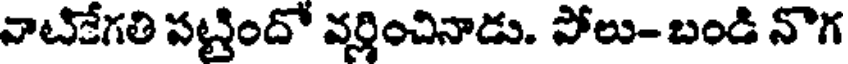
వాటికేగతి పట్టిందో వర్తించినాడు. పోలు- బండి నొగ